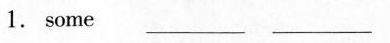
1. some ___ ___